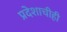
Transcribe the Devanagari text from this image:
प्रदेशाचीही